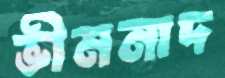
ভীমনাদ